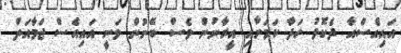
އައިއެސްއާ ދެކޮޅު ހަދާ ކަމަށާއި އީރާނުން ވެސް ބޭނުން ވަނީ އައިއެސް ޖަމާއަތް